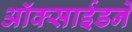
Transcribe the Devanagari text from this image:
ऑक्साईडने